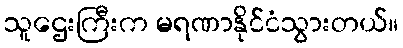
သူဌေးကြီးက မရဏာနိုင်ငံသွားတယ်။